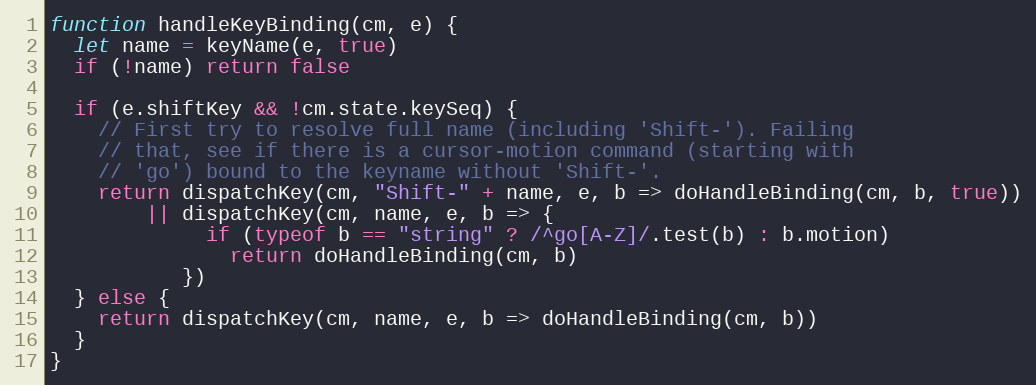
Language: JavaScript
function handleKeyBinding(cm, e) {
  let name = keyName(e, true)
  if (!name) return false

  if (e.shiftKey && !cm.state.keySeq) {
    // First try to resolve full name (including 'Shift-'). Failing
    // that, see if there is a cursor-motion command (starting with
    // 'go') bound to the keyname without 'Shift-'.
    return dispatchKey(cm, "Shift-" + name, e, b => doHandleBinding(cm, b, true))
        || dispatchKey(cm, name, e, b => {
             if (typeof b == "string" ? /^go[A-Z]/.test(b) : b.motion)
               return doHandleBinding(cm, b)
           })
  } else {
    return dispatchKey(cm, name, e, b => doHandleBinding(cm, b))
  }
}